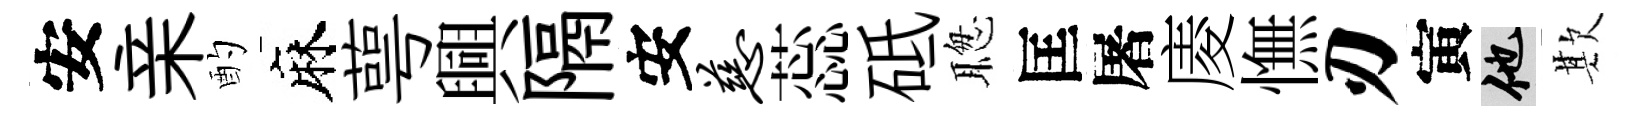
安亲酌麻萼興隔安慈蕊砥聦匡屠庱憮刃寅他欺